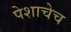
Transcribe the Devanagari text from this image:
पेशाचेच